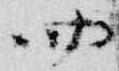
四